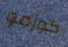
كوزمو